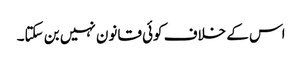
اس کے خلاف کوئی قانون نہیں بن سکتا۔